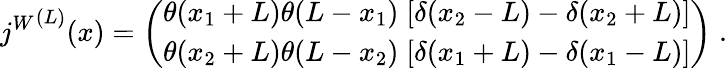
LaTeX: {j^{W}}^{(L)}(x)=\left(\begin{array}{l}{{\theta(x_{1}+L)\theta(L-x_{1})\; [\delta(x_{2}-L)-\delta(x_{2}+L)]}}\\ {{\theta(x_{2}+L)\theta(L-x_{2})\; [\delta(x_{1}+L)-\delta(x_{1}-L)]}}\end{array}\right)\; .